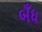
બઁધ